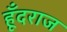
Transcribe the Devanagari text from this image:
हूँदराज